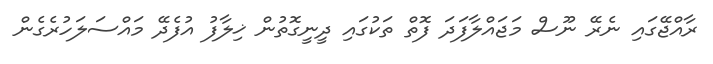
ރާއްޖޭގައި ނެރޭ ނޫސް މަޖައްލާފަދަ ފޮތް ތަކުގައި ދީނީގޮތުން ޚިލާފު އުފެދޭ މައްސަލަހުރެގެން